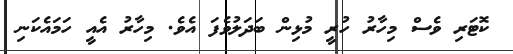
ކޮޓަރި ވެސް މިހާރު ހުރީ މުޅިން ބަދަލުވެފަ އެވެ. މިހާރު އެއީ ހަމައެކަނި